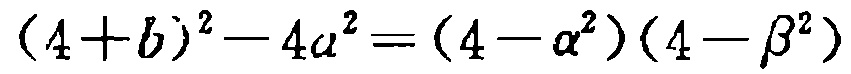
\((4 + b)^{2}-4a^{2}=(4 - \alpha^{2})(4 - \beta^{2})\)